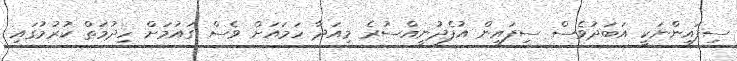
ސިފައިންނަކީ އަބަދުވެސް ސިފައިން އުފެދުނީއްސުރެ މިއަދާ ހަމައަށް ވެސް ގައުމަށް ހިދުމަތް ކުރުމުގައި